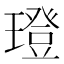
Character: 璒